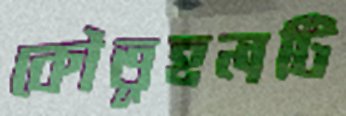
কৌতূহলটি